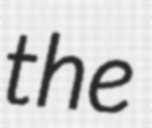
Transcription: the